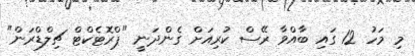
މި މަހު 12 ގައި ބާއްވާ ރޭސް ކުރިއަށް ގެންދަނީ "ޕްރޮޓެކްޓް ޗިލްޑްރަން"